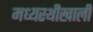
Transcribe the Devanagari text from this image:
मध्यस्थीखाली